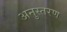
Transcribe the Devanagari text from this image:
अनुस्तरण